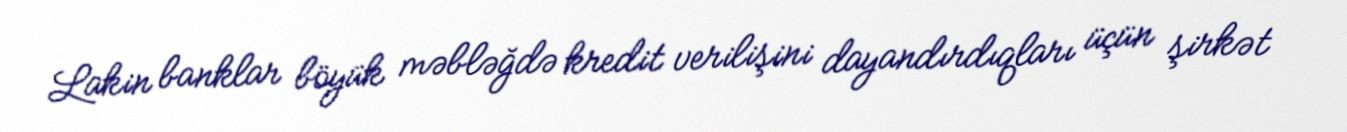
Lakin banklar böyük məbləğdə kredit verilişini dayandırdıqları üçün şirkət